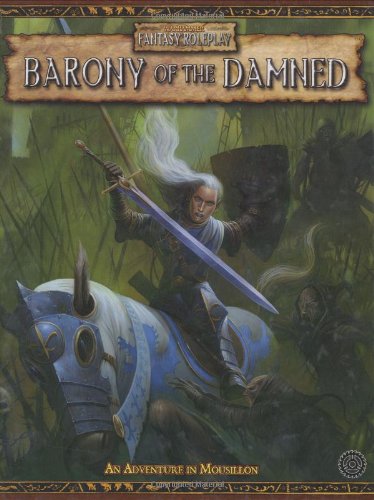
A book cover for Barony of the Damned: An adventure in Mousillon; Ben Counter; Science Fiction & Fantasy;